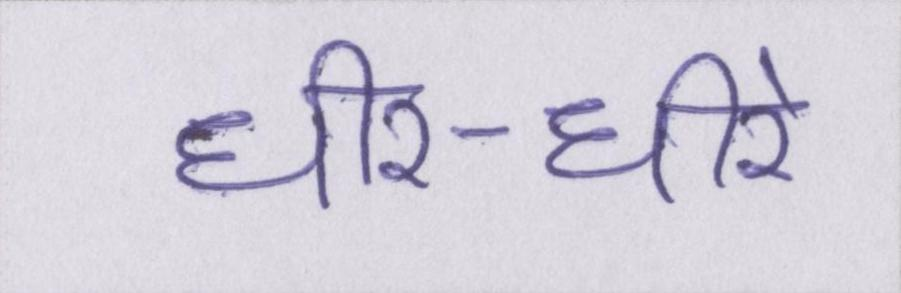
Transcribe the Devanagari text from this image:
धीर-धीरे